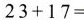
$$23+17=$$